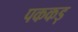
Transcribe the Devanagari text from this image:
पककड़